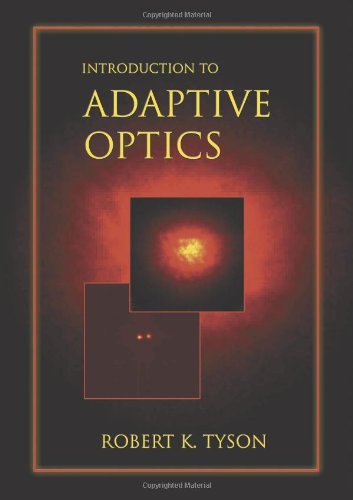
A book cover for Introduction to Adaptive Optics (SPIE Tutorial Texts in Optical Engineering Vol. TT41); Robert K. Tyson; Science & Math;